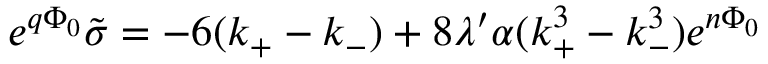
e ^ { q \Phi _ { 0 } } \tilde { \sigma } = - 6 ( k _ { + } - k _ { - } ) + 8 \lambda ^ { \prime } \alpha ( k _ { + } ^ { 3 } - k _ { - } ^ { 3 } ) e ^ { n \Phi _ { 0 } }